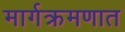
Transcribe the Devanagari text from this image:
मार्गक्रमणात